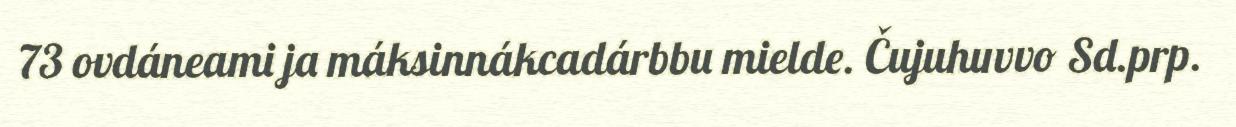
73 ovdáneami ja máksinnákcadárbbu mielde. Čujuhuvvo Sd.prp.